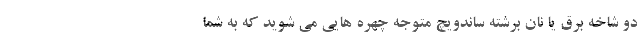
دو شاخه برق یا نان برشته ساندویچ متوجه چهره هایی می شوید که به شما